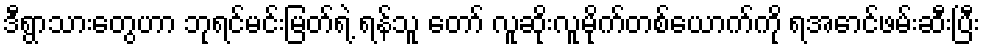
ဒီရွာသားတွေဟာ ဘုရင်မင်းမြတ်ရဲ့ ရန်သူ တော် လူဆိုးလူမိုက်တစ်ယောက်ကို ရအောင်ဖမ်းဆီးပြီး